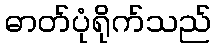
ဓာတ်ပုံရိုက်သည်